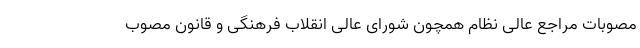
مصوبات مراجع عالی نظام همچون شورای عالی انقلاب فرهنگی و قانون مصوب